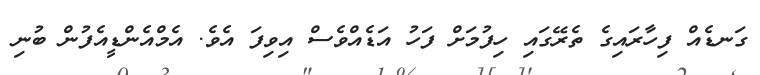
ގަނޑެއް ފިހާރައިގެ ތެރޭގައި ހިފުމަށް ފަހު އަޑެއްވެސް އިވިފަ އެވެ. އެމްއެންޑީއެފުން ބުނި